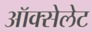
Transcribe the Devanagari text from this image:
ऑक्सेलेट